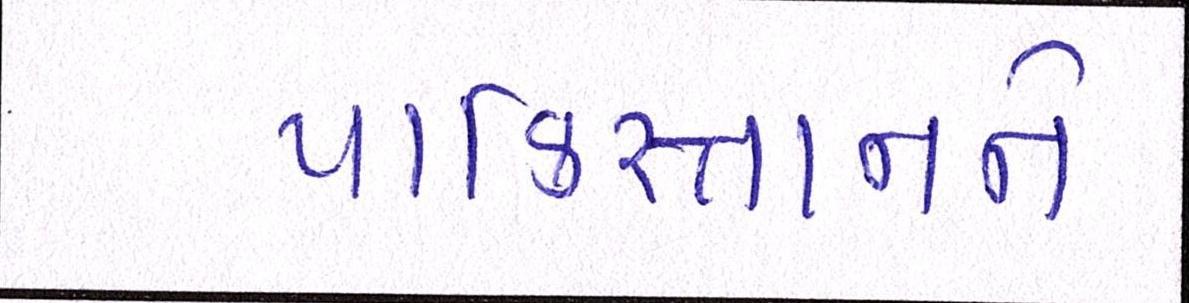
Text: પાકિસ્તાનને